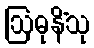
ဩဓုနိံသု